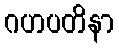
ဂဟပတိနာ